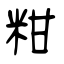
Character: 粓